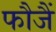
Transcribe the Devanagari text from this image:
फौजैं